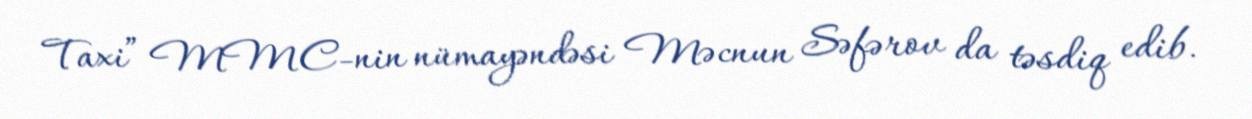
Taxi” MMC-nin nümayəndəsi Məcnun Səfərov da təsdiq edib.